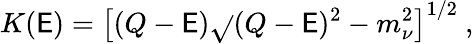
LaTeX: K(\mathsf{E})=\left[(Q-\mathsf{E})\sqrt{}{{(Q-\mathsf{E})^{2}-m_{\nu}^{2}}}\right]^{1/2}\ ,